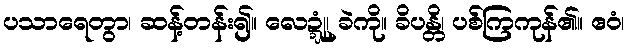
ပသာရေတွာ၊ ဆန့်တန်း၍။ လေဍ္ဍုံ၊ ခဲကို။ ခိပန္တိ၊ ပစ်ကြကုန်၏။ ဧဝံ၊